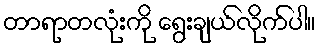
တာရာတလုံးကို ရွေးချယ်လိုက်ပါ။